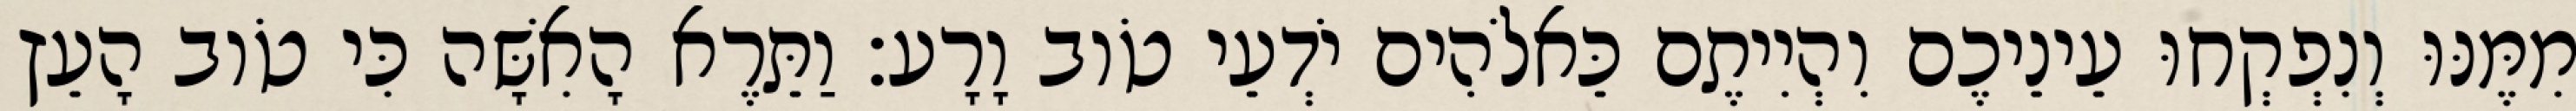
מִמֶּנּוּ וְנִפְקְחוּ עֵינֵיכֶם וִהְיִיתֶם כֵּאלֹהִים יֹדְעֵי טֹוב וָרָע׃ וַתֵּרֶא הָאִשָּׁה כִּי טֹוב הָעֵץ